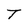
Character: T